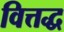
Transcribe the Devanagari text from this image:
वित्तद्ध